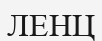
ЛЕНЦ